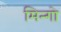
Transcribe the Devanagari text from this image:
मिन्गो